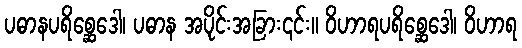
ပဓာနပရိစ္ဆေဒေါ၊ ပဓာန အပိုင်းအခြား၎င်း။ ဝိဟာရပရိစ္ဆေဒေါ၊ ဝိဟာရ